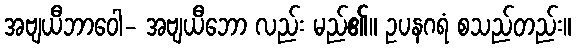
အဗျယီဘာဝေါ- အဗျယီဘော လည်း မည်၏။ ဥပနဂရံ စသည်တည်း။